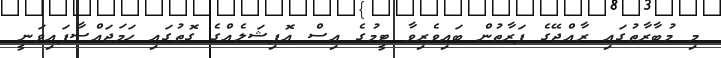
މި މުބާރާތުގައި ރާއްޖޭގެ ފަރާތުން ބައިވެރިވާ ޓީމުގެ އިސް އޮފިޝަލެއްގެ ގޮތުގައި ހަމަޖައްސާފައިވަނީ